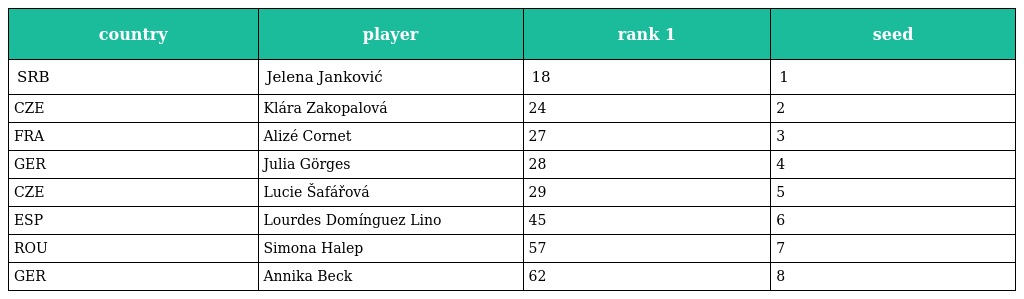
| country | player | rank 1 | seed |
 | --- | --- | --- | --- |
 | SRB | Jelena Janković | 18 | 1 |
 | CZE | Klára Zakopalová | 24 | 2 |
 | FRA | Alizé Cornet | 27 | 3 |
 | GER | Julia Görges | 28 | 4 |
 | CZE | Lucie Šafářová | 29 | 5 |
 | ESP | Lourdes Domínguez Lino | 45 | 6 |
 | ROU | Simona Halep | 57 | 7 |
 | GER | Annika Beck | 62 | 8 |